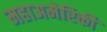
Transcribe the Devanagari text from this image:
महाअमेरिकी